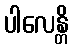
ပါလေန္တိ